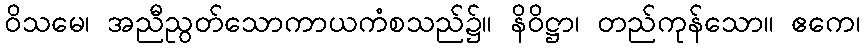
ဝိသမေ၊ အညီညွတ်သောကာယကံစသည်၌။ နိဝိဋ္ဌာ၊ တည်ကုန်သော။ ဧကေ၊